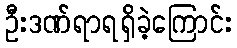
ဦးဒဏ်ရာရရှိခဲ့ကြောင်း